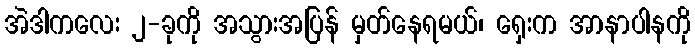
အဲဒါကလေး ၂-ခုကို အသွားအပြန် မှတ်နေရမယ်၊ ရှေးက အာနာပါနကို